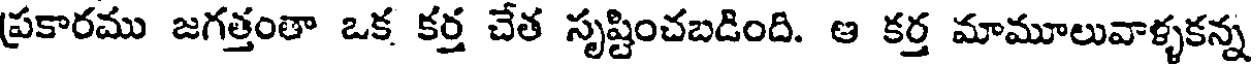
ప్రకారము జగత్తంతా ఒక కర్త చేత సృష్టించబడింది. ఆ కర్త మామూలువాళ్ళకన్న